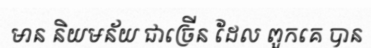
មាន និយមន័យ ជាច្រើន ដែល ពួកគេ បាន